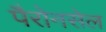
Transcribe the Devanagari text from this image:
पैरोनसेल